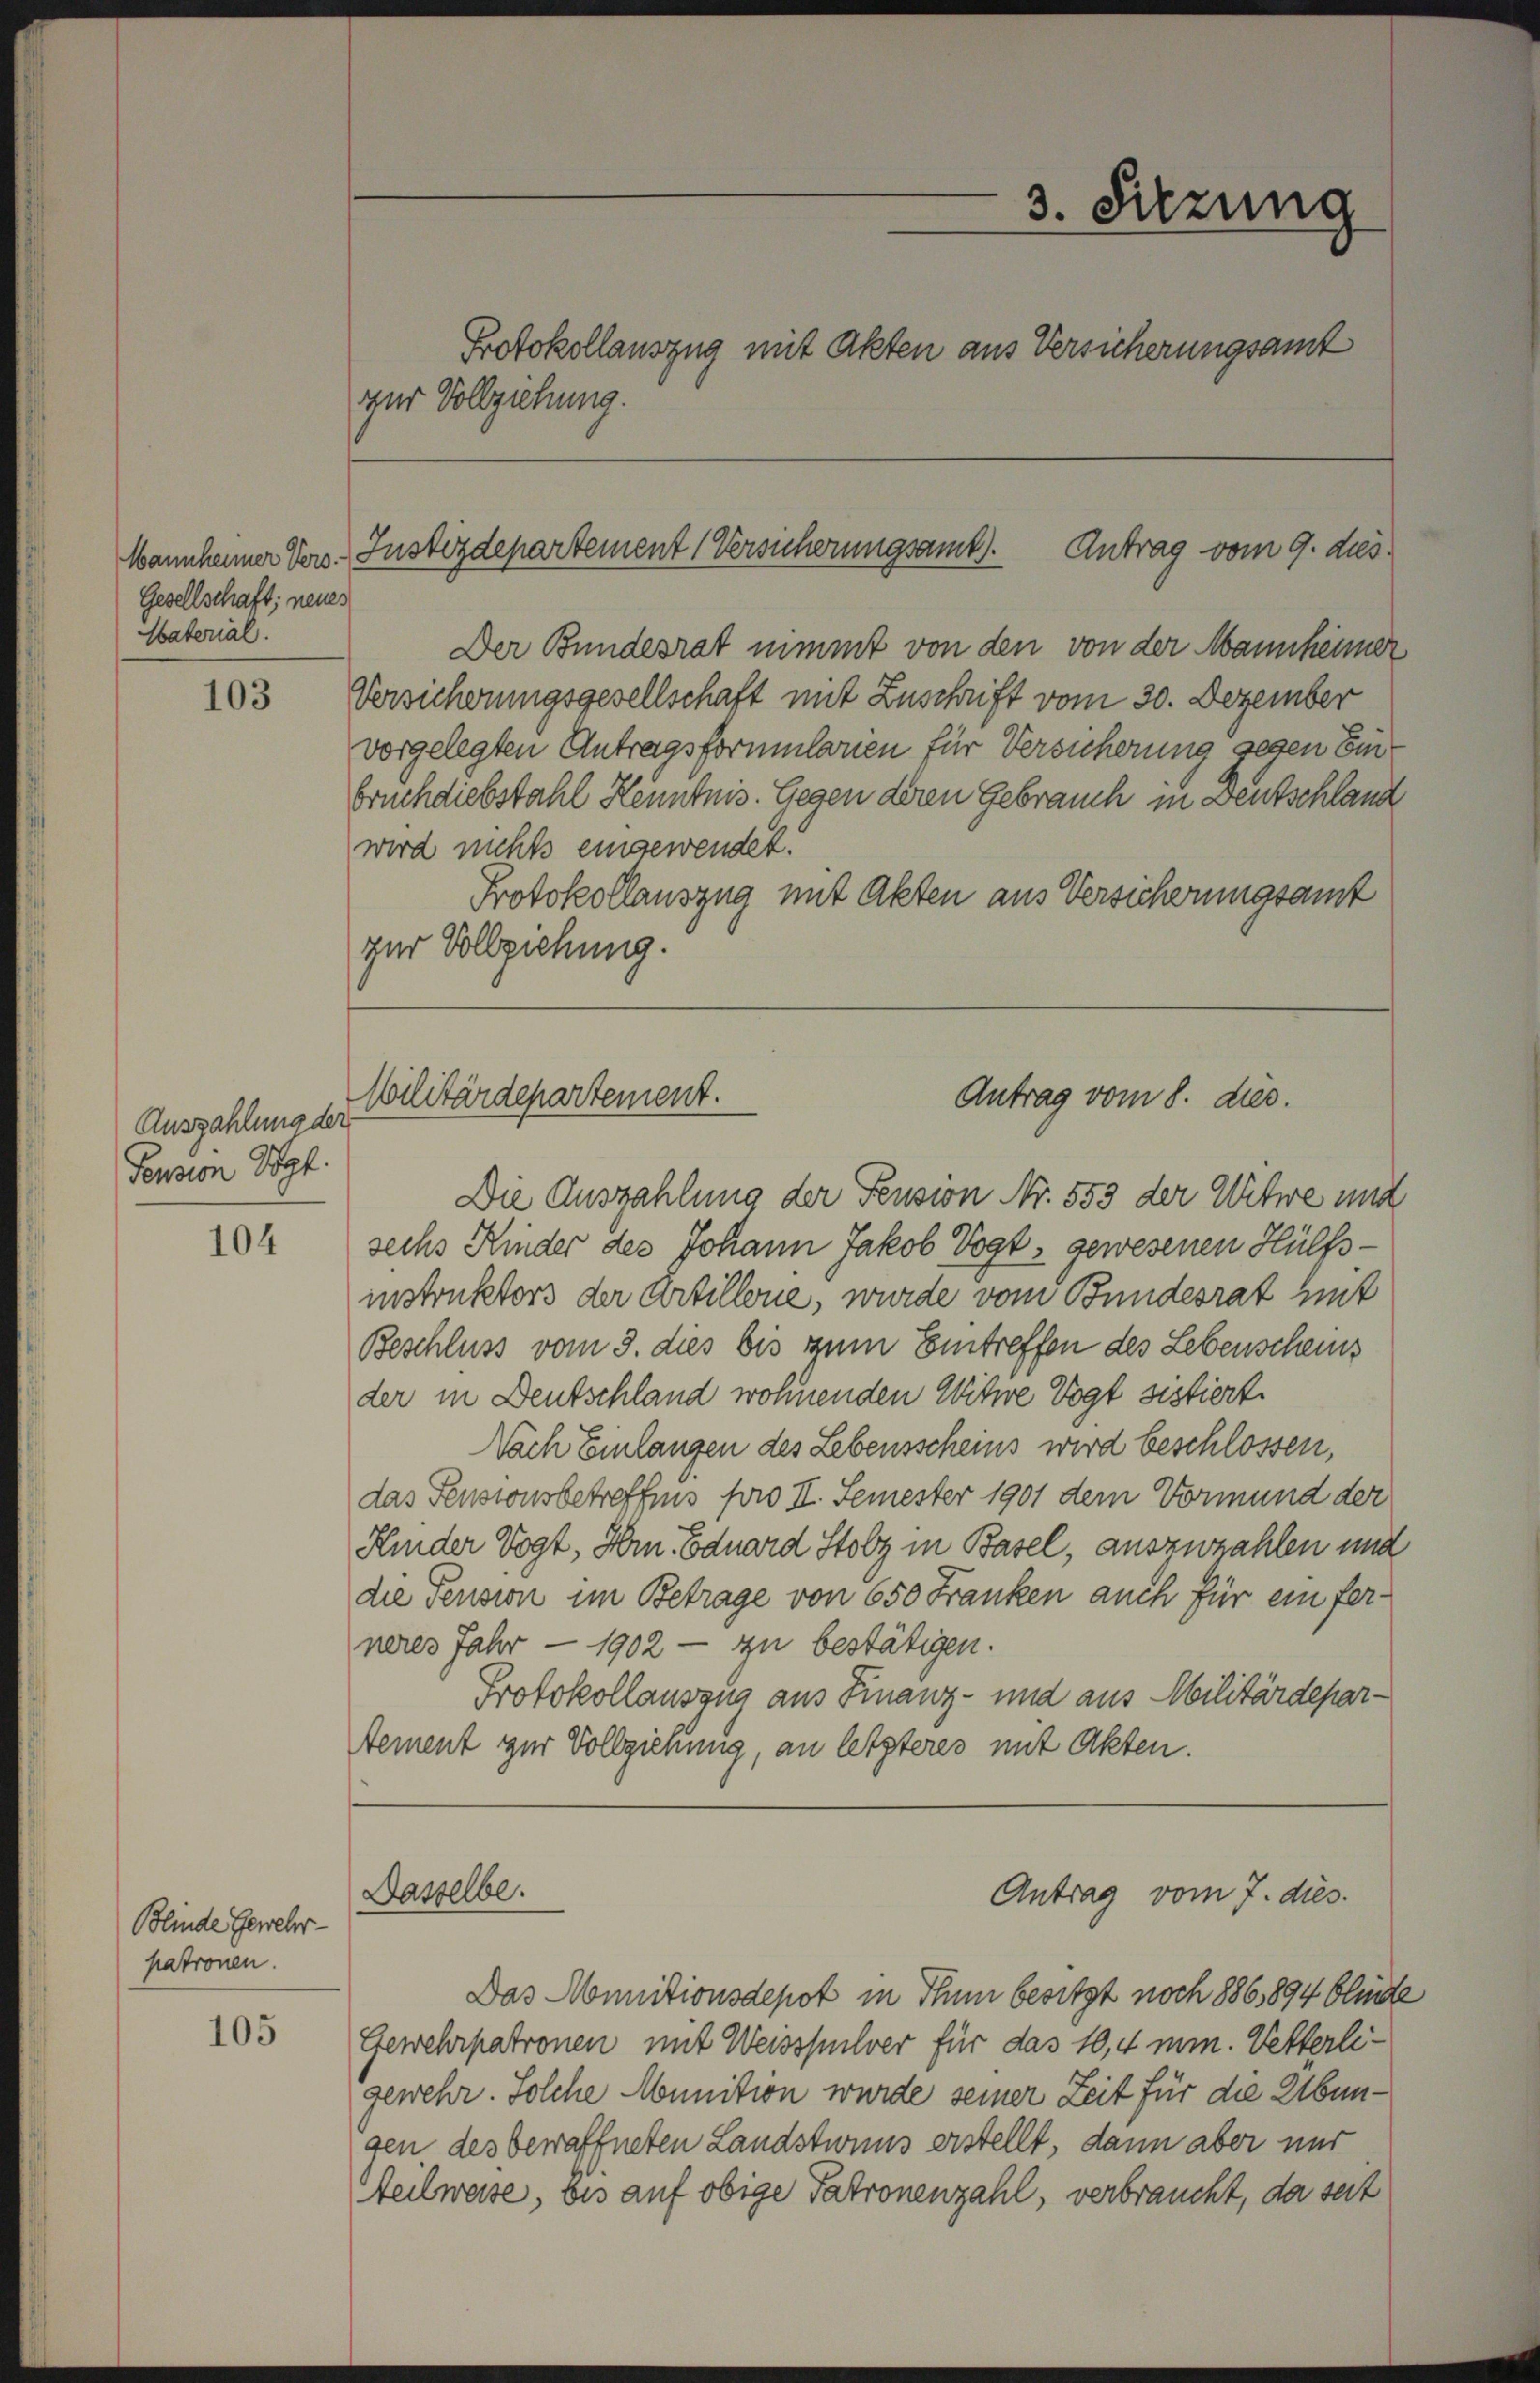
Gesellschaft; neues
Material.

103

Auszahlung der
Pension Vogt.

104

Blinde Gewehr-
patronen.

105

3. Sitzung
Protokollauszug mit Akten aus Versicherungsamt
zur Vollziehung.

Der Bundesrat nimmt von den von der Mannheimer
Versicherungsgesellschaft mit Zuschrift vom 30. Dezember
vorgelegten Antragsformularien für Versicherung seyen Einbruch diebstahl Kenntnis. Gegen deren Gebrauch in Deutschland
wird nichts eingewendet.
Protokollauszug mit Akten aus Versicherungsamt
zur Vollziehung.

Antrag vom 9. ds.
Mannhamer Vers. Justizdepartement (Versicherungsamt).

Wilitärdepartement.
Antrag vom 8. dies.

Die Auszahlung der Pension Nr. 553 der Witwe und
sechs Kinder des Johann Jakob Vogt, gewesenen Hülfsinstruktors der Artillone, wurde vom Bundesrat mit
Beschluss vom 3. dies bis zum Eintreffen des Lebenscheins
der in Deutschland wohnenden Witwe Vogt sistiert.
Nach Einlangen des Lebensscheins wird beschlossen,
das Pensionsbetreffnis pro II. Semester 1901 dem Vormund der
Kinder Vogt, Hrn. Eduard Stolz in Basel, auszuzahlen und
die Pension im Betrage von 650 Franken auch für ein ferneres Jahr - 1902 - zu bestätigen.
Protokollauszug aus Finanz- und aus Militärdepartement zur Vollziehung, an letzteres mit Akten.
Dasselbe.
Antrag vom 7. dies.
Das Munitionsdepot in Thun besitzt noch 886,894 blinde
Gewehrpatronen mit Weisspulver für das 10,4 min. Vetterligewehr. Solche Munition wurde seiner Zeit für die Übungen des bewaffneten Landstwins erstellt, dann aber nur
Teilweise, bis auf obige Patronenzahl, verbraucht, da seit